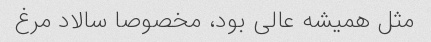
مثل همیشه عالی بود، مخصوصا سالاد مرغ